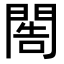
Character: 𨴬